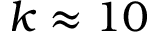
k \approx 1 0